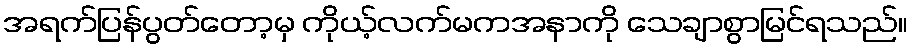
အရက်ပြန်ပွတ်တော့မှ ကိုယ့်လက်မကအနာကို သေချာစွာမြင်ရသည်။